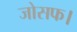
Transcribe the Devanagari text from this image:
जोसफ।